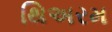
થિઅરમ